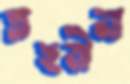
তহমীনা